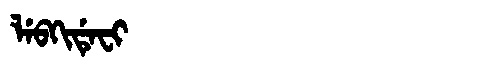
Manchu: ᠯᡝᠪᡴᡳᡩᡝᠸᡳ
Romanization: LEBKIDEFI